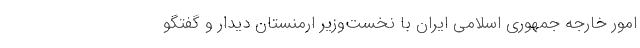
امور خارجه جمهوری اسلامی ایران با نخست‌وزیر ارمنستان دیدار و گفتگو